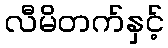
လီမိတက်နှင့်